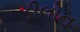
ડીલોન